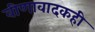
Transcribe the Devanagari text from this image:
वीणावादकही